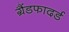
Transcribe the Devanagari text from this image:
ग्रैंडफादर्ड